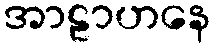
အာဠာဟနေ